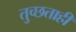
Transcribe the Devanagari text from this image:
तुच्छताही